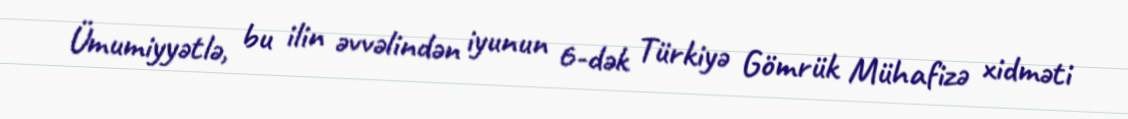
Ümumiyyətlə, bu ilin əvvəlindən iyunun 6-dək Türkiyə Gömrük Mühafizə xidməti